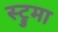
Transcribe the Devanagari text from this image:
स्ट्रुमा